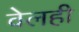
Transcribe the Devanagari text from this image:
वेलही